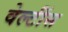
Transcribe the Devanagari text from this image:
वेल्टींस